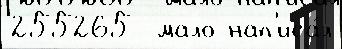
255265  мало нап'иса́л